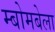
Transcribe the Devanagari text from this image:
म्बोमबेला